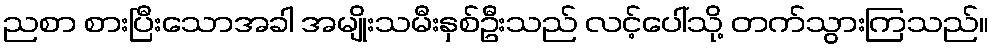
ညစာ စားပြီးသောအခါ အမျိုးသမီးနှစ်ဦးသည် လင့်ပေါ်သို့ တက်သွားကြသည်။